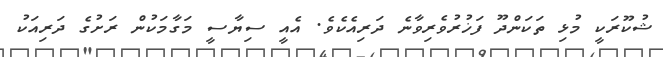
ޝުކޫރަކީ މުޅި ތަކަންދޫ ފަޚުރުވެރިވާނެ ދަރިއެކެވެ. އެއީ ސިޔާސީ މަގާމަކުން ރަށުގެ ދަރިއަކު